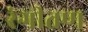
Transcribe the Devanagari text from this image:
रंगीतण